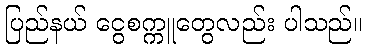
ပြည်နယ် ငွေစက္ကူတွေလည်း ပါသည်။